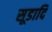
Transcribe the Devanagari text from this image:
सूडादि